Lunatic asylums in Bengal annual reports 1912-1924 - 1912-1924
Year: 1912
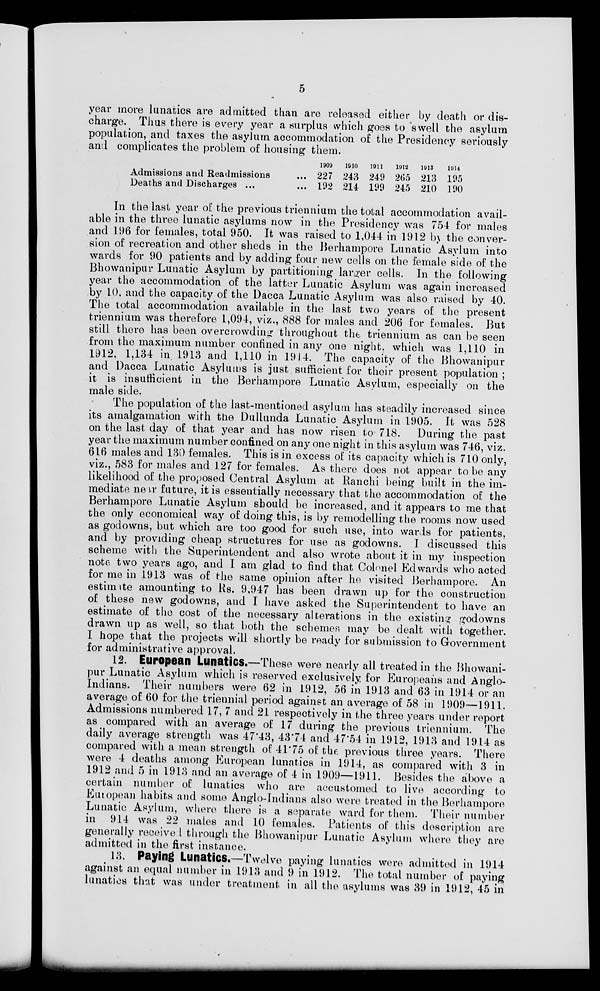
5
year more lunatics are admitted than are released either by death or dis-
charge. Thus there is every year a surplus which goes to swell the asylum
population, and taxes the asylum accommodation of the Presidency seriously
and complicates the problem of housing them.
Admissions and Readmissions ...
Deaths and Discharges ... ...
1909
227
192
1910
243
214
1911
249
199
1912
265
245
1913
213
210
1914
195
190
In the last year of the previous triennium the total accommodation avail-
able in the three lunatic asylums now in the Presidency was 754 for males
and 196 for females, total 950. It was raised to 1,044 in 1912 by the conver-
sion of recreation and other sheds in the Berhampore Lunatic Asylum into
wards for 90 patients and by adding four new cells on the female side of the
Bhowanipur Lunatic Asylum by partitioning larger cells. In the following
year the accommodation of the latter Lunatic Asylum was again increased
by 10. and the capacity of the Dacca Lunatic Asylum was also raised by 40.
The total accommodation available in the last two years of the present
triennium was therefore 1,094, viz., 888 for males and 206 for females. But
still there has been overcrowding throughout the triennium as can be seen
from the maximum number confined in any one night. which was 1,110 in
1912. 1,134 in 1913 and 1,110 in 1914. The capacity of the Bhowanipur
and Dacca Lunatic Asylums is just sufficient for their present population ;
it is insufficient in the Berhampore Lunatic Asylum, especially on the
male side.
The population of the last-mentioned asylum has steadily increased since
its amalgamation with the Dullunda Lunatic Asylum in 1905. It was 528
on the last day of that year and has now risen to 718. During the past
year the maximum number confined on any one night in this asylum was 746, viz.
616 males and 130 females. This is in excess of its capacity which is 710 only,
viz., 583 for males and 127 for females. As there does not appear to be any
likelihood of the proposed Central Asylum at Ranchi being built in the im-
mediate near future, it is essentially necessary that the accommodation of the
Berhampore Lunatic Asylum should be increased, and it appears to me that
the only economical way of doing this, is by remodelling the rooms now used
as godowns, but which are too good for such use, into wards for patients,
and by providing cheap structures for use as godowns. I discussed this
scheme with the Superintendent and also wrote about it in my inspection
note two years ago, and I am glad to find that Colonel Edwards who acted
for me in 1913 was of the same opinion after he visited Berhampore. An
estimate amounting to Rs. 9,947 has been drawn up for the construction
of these new godowns, and I have asked the Superintendent to have an
estimate of the cost of the necessary alterations in the existing godowns
drawn up as well, so that both the schemes may be dealt with together.
I hope that the projects will shortly be ready for submission to Government
for administrative approval.
12. European Lunatics.—These were nearly all treated in the Bhowani-
pur Lunatic Asylum which is reserved exclusively for Europeans and Anglo-
Indians. Their numbers were 62 in 1912, 56 in 1913 and 63 in 1914 or an
average of 60 for the triennial period against an average of 58 in 1909—1911.
Admissions numbered 17, 7 and 21 respectively in the three years under report
as compared with an average of 17 during the previous triennium. The
daily average strength was 47.43, 43.74 and 47.54 in 1912, 1913 and 1914 as
compared with a mean strength of 41.75 of the previous three years. There
were 4 deaths among European lunatics in 1914, as compared with 3 in
1912 and 5 in 1913 and an average of 4 in 1909—1911. Besides the above a
certain number of lunatics who are accustomed to live according to
European habits and some Anglo-Indians also were treated in the Berhampore
Lunatic Asylum, where there is a separate ward for them. Their number
in 914 was 22 males and 10 females. Patients of this description are
generally received through the Bhowanipur Lunatic Asylum where they are
admitted in the first instance.
13. Paying Lunatics.—Twelve paying lunatics were admitted in 1914
against an equal number in 1913 and 9 in 1912. The total number of paying
lunatics that was under treatment in all the asylums was 39 in 1912, 45 in